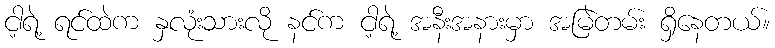
ငါ့ရဲ့ ရင်ထဲက နှလုံးသားလို နင်က ငါ့ရဲ့ အနီးအနားမှာ အမြဲတမ်း ရှိနေတယ်။